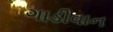
ગાડીવાન